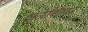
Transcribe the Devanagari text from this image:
शलाकाकर